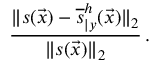
\frac { \| s ( \vec { x } ) - \overline { { s } } _ { \vert y } ^ { h } ( \vec { x } ) \| _ { 2 } } { \| s ( \vec { x } ) \| _ { 2 } } \, .